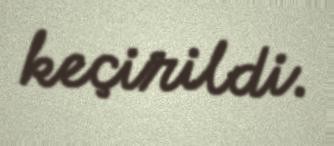
keçirildi.